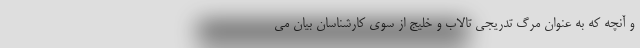
و آنچه که به عنوان مرگ تدریجی تالاب و خلیج از سوی کارشناسان بیان می